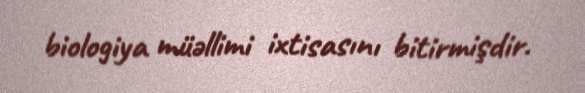
biologiya müəllimi ixtisasını bitirmişdir.